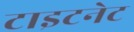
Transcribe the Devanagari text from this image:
टाइटनेट